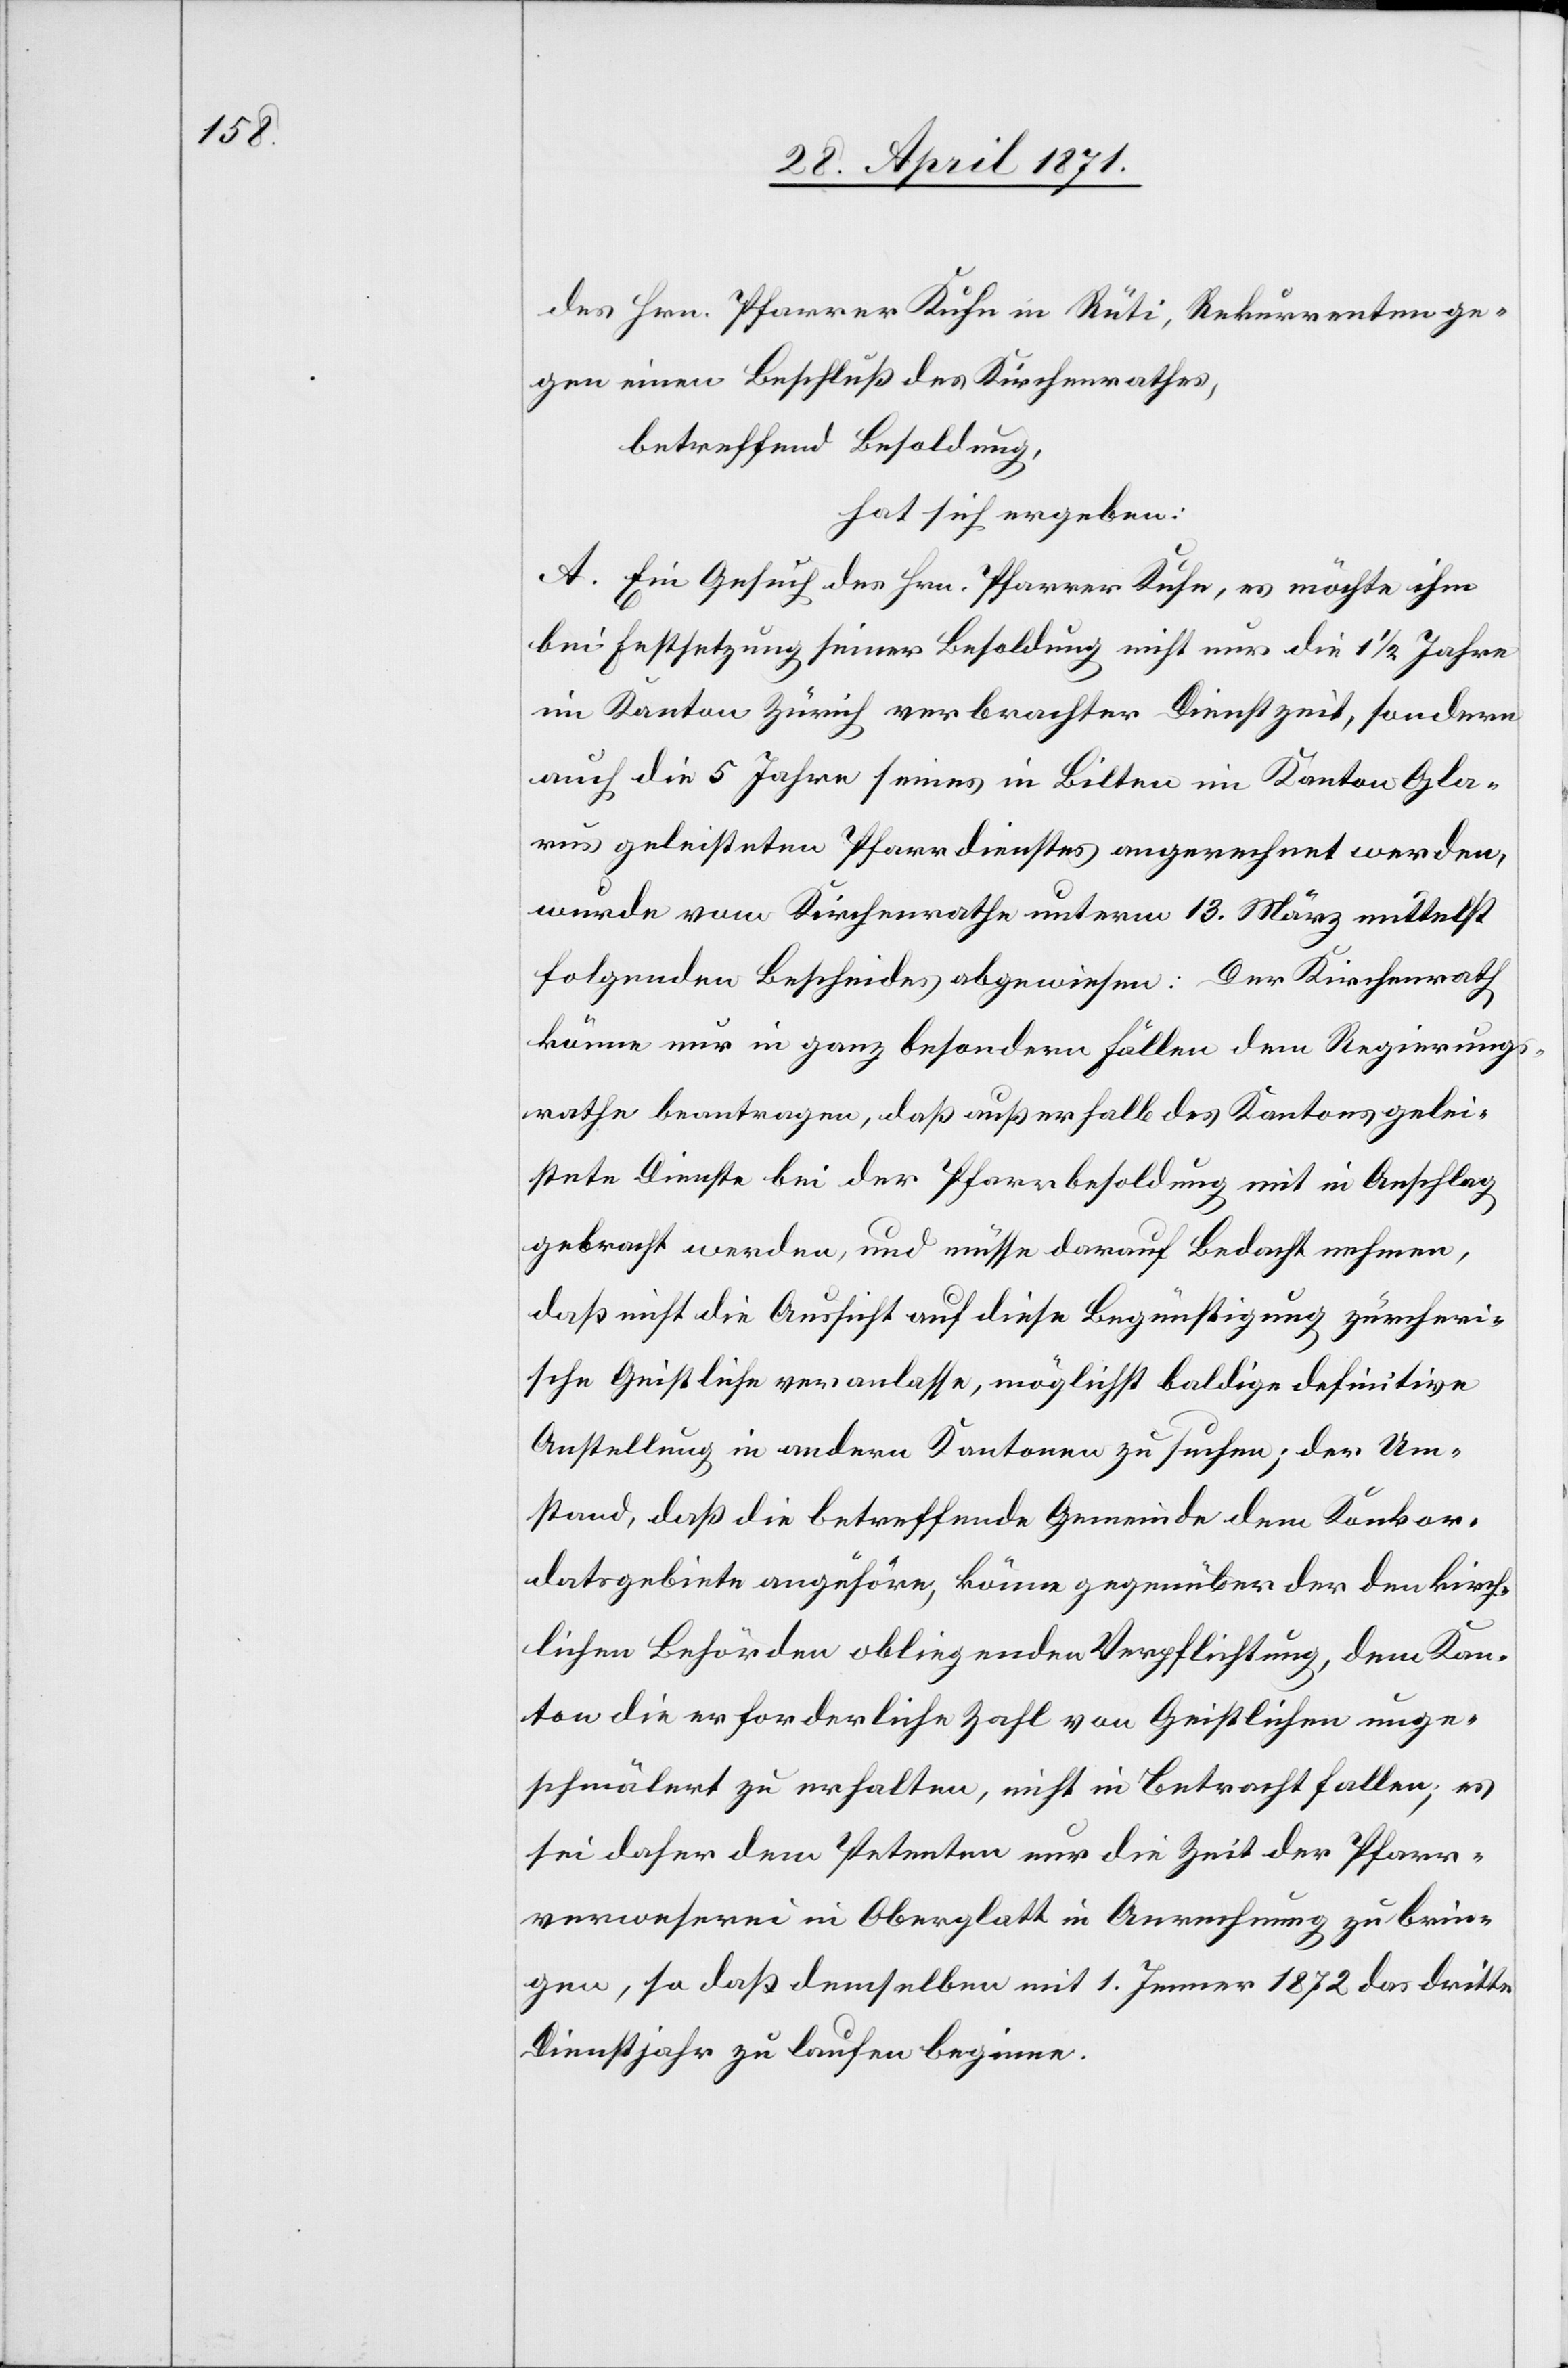
des Hrn. Pfarrer Kuhn in Rüti, Rekurrenten ge¬
gen einen Beschluß des Kirchenrathes,
betreffend Besoldung,
hat sich ergeben:
A. Ein Gesuch des Hrn. Pfarrer Kuhn, es möchte ihm
bei Festsetzung seiner Besoldung nicht nur die 1 1/2 Jahre
im Kanton Zürich verbrachter Dienstzeit, sondern
auch die 5 Jahre seines in Bilten im Kanton Gla¬
rus geleisteten Pfarrdienstes angerechnet werden,
wurde vom Kirchenrathe unterm 13. März mittelst
folgenden Bescheides abgewiesen: Der Kirchenrath
könne nur in ganz besondern Fällen dem Regierungs¬
rathe beantragen, daß außerhalb des Kantons gelei¬
stete Dienste bei der Pfarrbesoldung mit in Anschlag
gebracht werden, und müsse darauf Bedacht nehmen,
daß nicht die Aussicht auf diese Begünstigung zürcheri¬
sche Geistliche veranlasse, möglichst baldige definitive
Anstellung in andern Kantonen zu suchen; der Um¬
stand, daß die betreffende Gemeinde dem Konkor¬
datsgebiete angehöre, könne gegenüber der den kirch¬
lichen Behörden obliegenden Verpflichtung, dem Kan¬
ton die erforderliche Zahl von Geistlichen unge¬
schmälert zu erhalten, nicht in Betracht fallen; es
sei daher dem Petenten nur die Zeit der Pfarr¬
verweserei in Oberglatt in Anrechnung zu brin¬
gen, so daß demselben mit 1. Jenner 1872 das dritte
Dienstjahr zu laufen beginne.